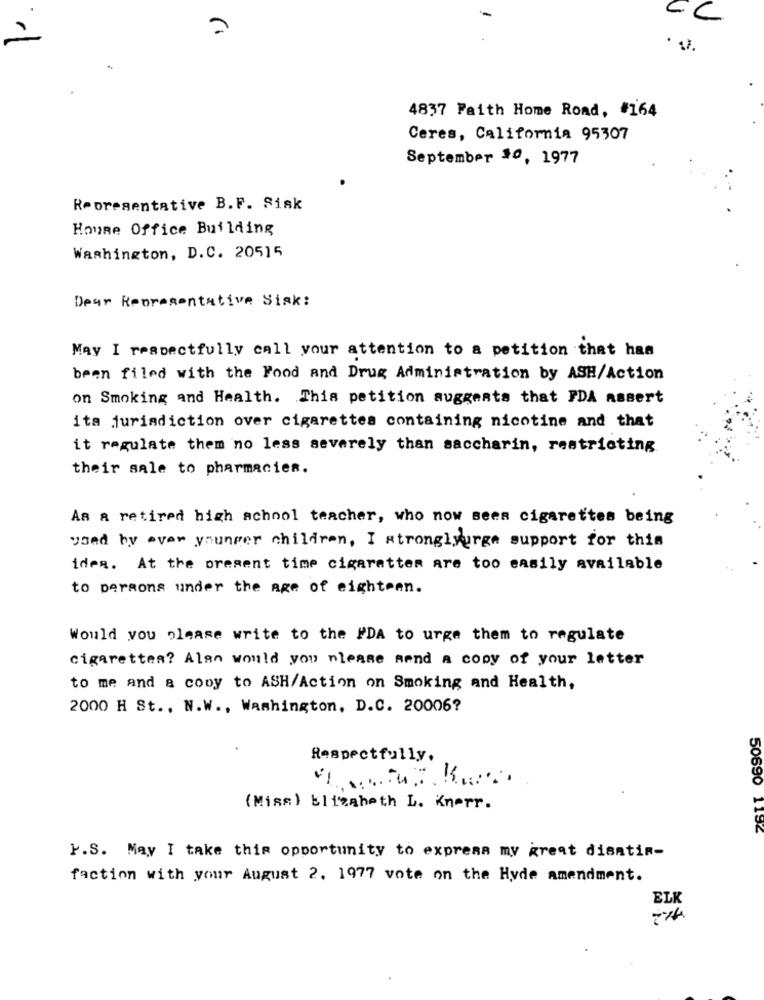
二
CC
4837 Faith Home Road, #164
Ceres, California 95307
September $0, 1977
Representative B.F. Sisk
House Office Building
Washington, D.C. 20515
Dear Representative Sisk:
May I respectfully call your attention to a petition that has
been filed with the Food and Drug Administration by ASH/Action
on Smoking and Health. This petition suggests that FDA assert
ita jurisdiction over cigarettes containing nicotine and that
it regulate them no less severely than saccharin, restricting
their sale to pharmacies.
Aa a retired high school teacher, who now seen cigarettes being
used by ever younger children, I stronglyurge support for this
idea. At the present time cigarettes are too easily available
to persons under the age of eighteen.
Would you please write to the FDA to urge them to regulate
cigarettes? Alan would you please send a copy of your letter
to me and a copy to ASH/Action on Smoking and Health,
2000 H St ., N.W ., Washington, D.C. 20006?
Respectfully.
( Miss) Elizabeth L. Knorr.
50690 1192
}.S. May I take this opportunity to express my great diantin-
faction with your August 2. 1977 vote on the Hyde amendment.
ELK